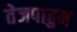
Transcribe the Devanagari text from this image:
तेजपाहुन